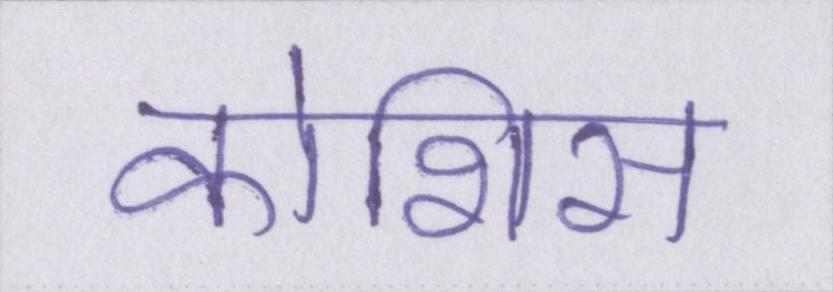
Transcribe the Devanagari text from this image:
कोशिस